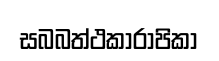
සබබත්ථකාරාපිකා